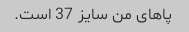
پاهای من سایز 37 است.